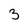
Character: 3